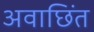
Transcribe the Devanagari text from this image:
अवाछिंत